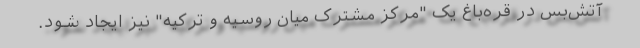
آتش‌بس در قره‌باغ یک "مرکز مشترک میان روسیه و ترکیه" نیز ایجاد شود.